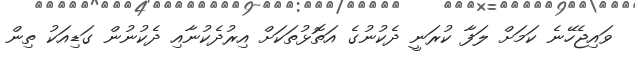
ވައިޖެހޭނެ ކަމަށް ލަފާ ކުރަނީ ދެކުނުގެ އަތޮޅުތަކަށް އިރުދެކުނާއި ދެކުނުން ގަޑިއަކު ތިން